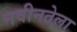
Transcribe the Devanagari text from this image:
नवीनतेला